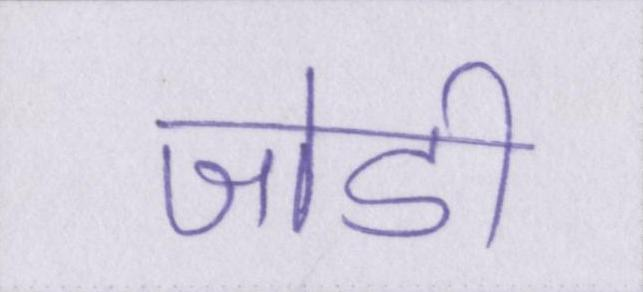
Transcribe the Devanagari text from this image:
जोडी